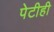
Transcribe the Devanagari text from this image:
पेटीही